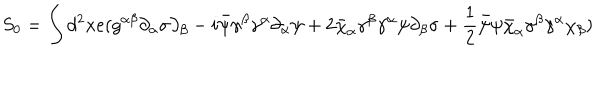
LaTeX: S _ { 0 } = \int d ^ { 2 } x e ( g ^ { \alpha \beta } \partial _ { \alpha } \sigma \partial _ { \beta } - i \bar { \psi } \gamma ^ { \beta } \gamma ^ { \alpha } \partial _ { \alpha } \psi + 2 \bar { \chi } _ { \alpha } \gamma ^ { \beta } \gamma ^ { \alpha } \psi \partial _ { \beta } \sigma + \frac { 1 } { 2 } \bar { \psi } \psi \bar { \chi } _ { \alpha } \gamma ^ { \beta } \gamma ^ { \alpha } \chi _ { \beta } )